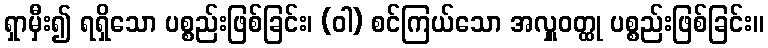
ရှာမှီး၍ ရရှိသော ပစ္စည်းဖြစ်ခြင်း၊ (ဝါ) စင်ကြယ်သော အလှူဝတ္ထု ပစ္စည်းဖြစ်ခြင်း။